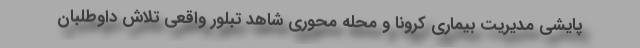
پایشی مدیریت بیماری کرونا و محله محوری شاهد تبلور واقعی تلاش داوطلبان